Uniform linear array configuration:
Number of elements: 8
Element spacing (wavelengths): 0.5
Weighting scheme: binomial
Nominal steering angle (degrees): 0
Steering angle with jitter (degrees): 0.1011
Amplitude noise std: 0.05
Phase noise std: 0.05

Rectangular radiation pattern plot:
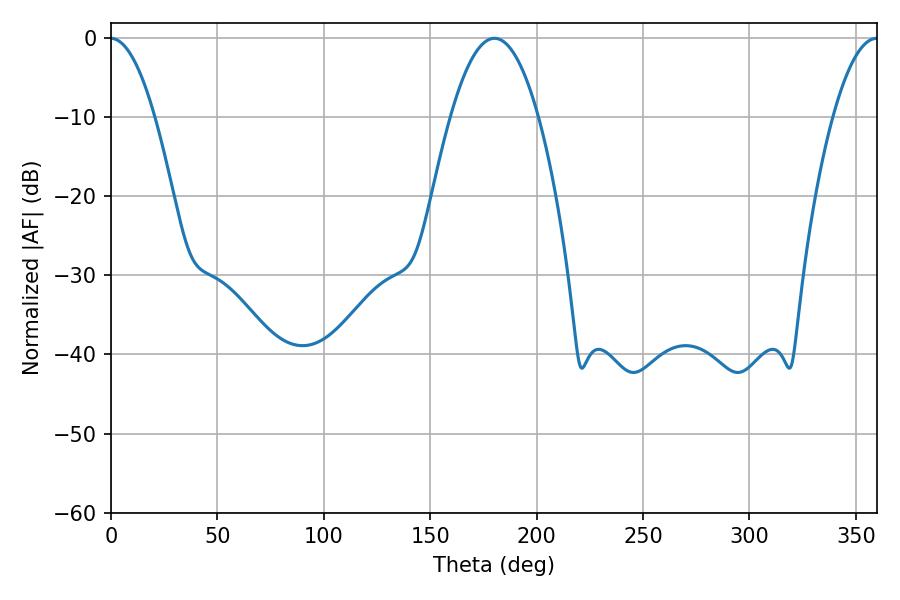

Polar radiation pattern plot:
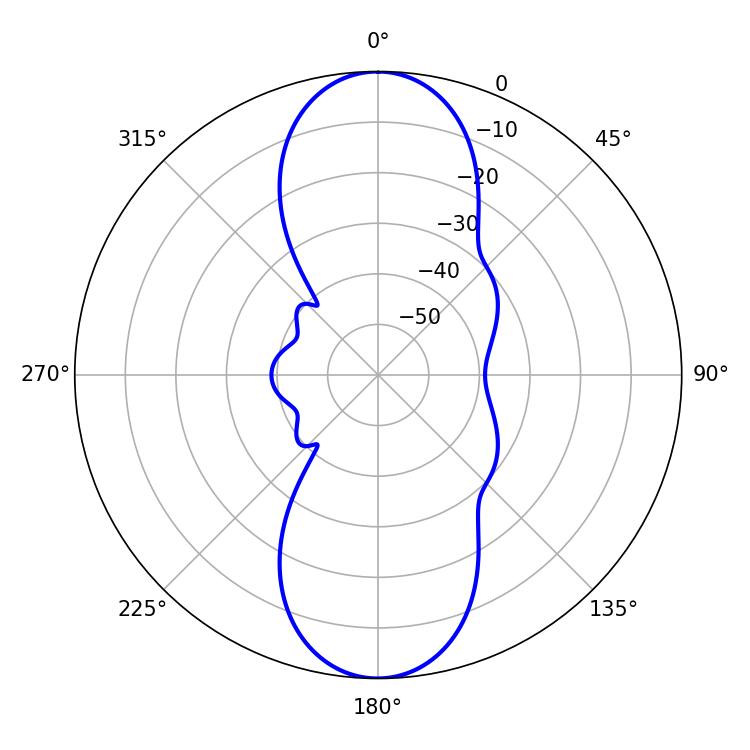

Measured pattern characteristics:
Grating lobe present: FALSE
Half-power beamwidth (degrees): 22.68
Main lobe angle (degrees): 180.18